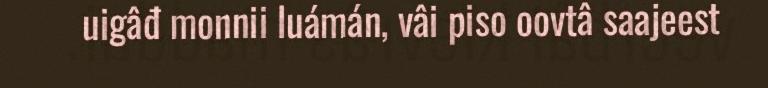
uigâđ monnii luámán, vâi piso oovtâ saajeest